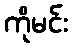
ကိုမင်း